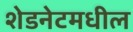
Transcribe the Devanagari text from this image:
शेडनेटमधील